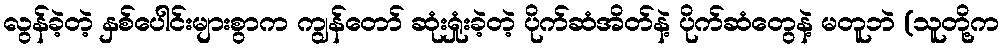
လွန်ခဲ့တဲ့ နှစ်ပေါင်းများစွာက ကျွန်တော် ဆုံးရှုံးခဲ့တဲ့ ပိုက်ဆံအိတ်နဲ့ ပိုက်ဆံတွေနဲ့ မတူဘဲ (သူတို့က